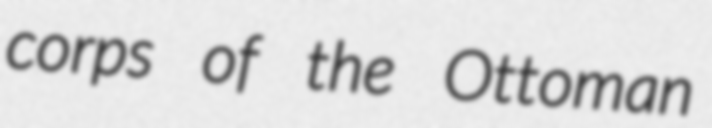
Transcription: corps of the Ottoman